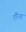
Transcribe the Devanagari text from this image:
ऍरेना